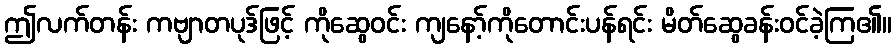
ဤလက်တန်း ကဗျာတပုဒ်ဖြင့် ကိုဆွေဝင်း ကျနော့်ကိုတောင်းပန်ရင်း မိတ်ဆွေခန်းဝင်ခဲ့ကြ၏။